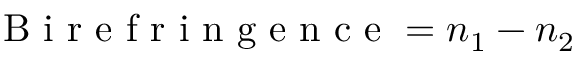
\textnormal { B i r e f r i n g e n c e } = n _ { 1 } - n _ { 2 }